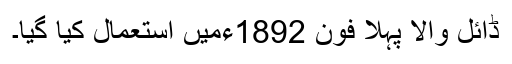
ڈائل والا پہلا فون 1892ءمیں استعمال کیا گیا۔